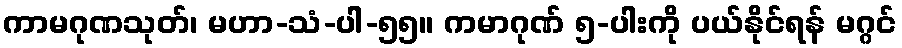
ကာမဂုဏသုတ်၊ မဟာ-သံ-ပါ-၅၅။ ကမာဂုဏ် ၅-ပါးကို ပယ်နိုင်ရန် မဂ္ဂင်